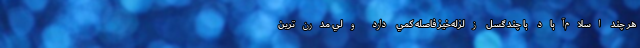
هر چند اسلام‌آباد با چند گسل زلزله‌خیز فاصله كمي دارد ولي مدرن‌ترين